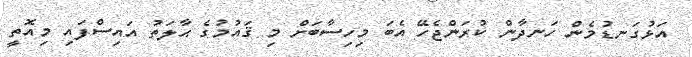
އަޅުގަނޑުމެން ހަނދާން ކުރަންޖެހޭ އެބަ މިހިސާބަށް މި ޤައުމުގެ ޙާލަތު އައިސްފައި މިއޮތީ